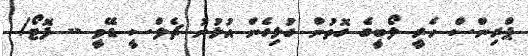
ޕްރިންސް ހެރީ ލޯބީީގެ ގޮތުން ގުޅިގެން އުޅުނު ޗެލްސީ ޑޭވީ -- ފޮޓޯ/